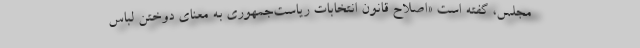
مجلس، گفته است «اصلاح قانون انتخابات ریاست‌جمهوری به معنای دوختن لباس